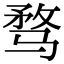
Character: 骛